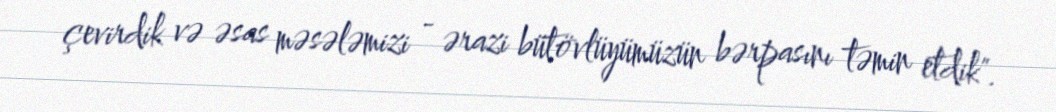
çevirdik və əsas məsələmizi - ərazi bütövlüyümüzün bərpasını təmin etdik".